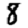
Digit: 8